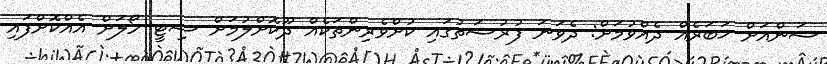
ސަންއަށް ޚަބަރެއް ދެއްވުމަށް: ދެވަނަ ފުރުސަތުގައި ކުށްވެރިންތަކެއް ދޫކޮށްލުމަށް ސިޓީ ހޯލަށް އެއްކޮށްފައި